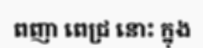
ពញា ពេជ្រ នោះ ក្នុង